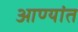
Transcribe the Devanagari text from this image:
आण्यांत